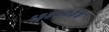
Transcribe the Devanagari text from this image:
१३३००३४